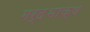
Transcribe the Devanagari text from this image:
गर्दभाक्ष